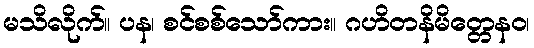
မသိလိုက်။ ပန၊ စင်စစ်သော်ကား။ ဂဟိတနိမိတ္တေနဝ၊